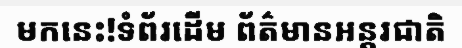
មកនេះ!ទំព័រដើម ព័ត៌មានអន្តរជាតិ